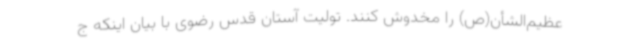
عظیم‌الشأن(ص) را مخدوش کنند. تولیت آستان قدس رضوی با بیان اینکه ج